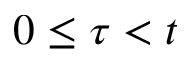
0 \leq \tau < t